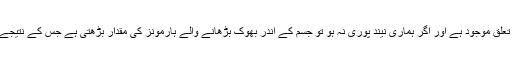
جیسا آپ کو معلوم ہی ہوگا کہ نیند اور کھانے کی خواہش کے درمیان ایک تعلق موجود ہے اور اگر ہماری نیند پوری نہ ہو تو جسم کے اندر بھوک بڑھانے والے ہارمونز کی مقدار بڑھتی ہے جس کے نتیجے میں افطار کے وقت کھانا دیکھ کر ہاتھ کو کنٹرول کرنا مشکل ہوجاتا ہے۔